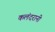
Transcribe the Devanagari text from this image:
कलंदरानी